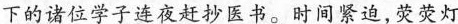
下的诸位学子连夜赶抄医书。时间紧迫，荧荧灯